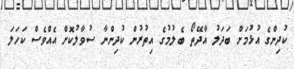
ކުދިންގެ އުޅުމަށް ބަދަލު އާދޭތޯ ބެލުމުގެ އިތުރުން ކުދިންނާ ސުވާލުކޮށް އެއްވެސް ކަހަލަ